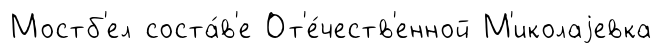
Мостб'ел соста́в'е От'е́честв'енной М'иколаjевка